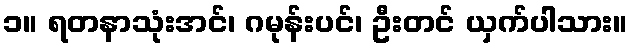
၁။ ရတနာသုံးအင်၊ ဂမုန်းပင်၊ ဦးတင် ယှက်ပါသား။